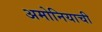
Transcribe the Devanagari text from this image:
अमोनियाची